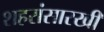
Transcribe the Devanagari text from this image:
शहरांसारखी